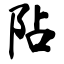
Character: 阽